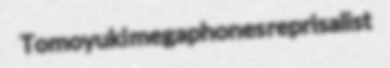
Tomoyuki megaphones reprisalist